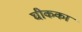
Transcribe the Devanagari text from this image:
घीकका